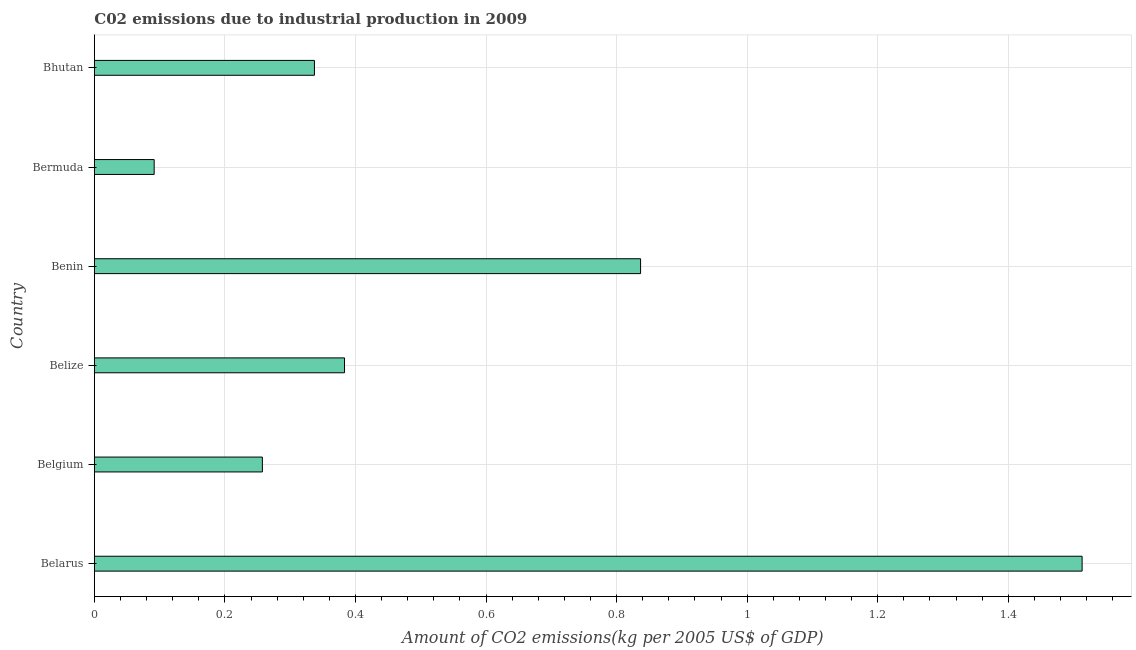
| Country | CO2 emissions  |
 | --- | --- |
 | Belarus | 1.51 |
 | Belgium | 0.257 |
 | Belize | 0.383 |
 | Benin | 0.837 |
 | Bermuda | 0.0916 |
 | Bhutan | 0.337 |